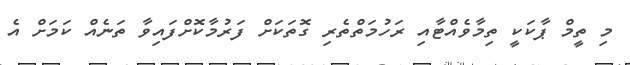
މި ތީމް ޕާކަކީ ތިމާވެއްޓާއި ރަހުމަތްތެރި ގޮތަކަށް ފަރުމާކޮށްފައިވާ ތަނެއް ކަމަށް އެ